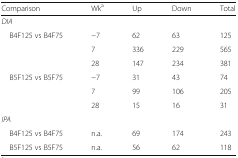
<table><thead><tr><td><b>Comparison</b></td><td><b>Wk<sup>a</sup></b></td><td><b>Up</b></td><td><b>Down</b></td><td><b>Total</b></td></tr></thead><tbody><tr><td colspan="5"><i>DIA</i></td></tr><tr><td rowspan="3"> B4F125 vs B4F75</td><td>−7</td><td>62</td><td>63</td><td>125</td></tr><tr><td>7</td><td>336</td><td>229</td><td>565</td></tr><tr><td>28</td><td>147</td><td>234</td><td>381</td></tr><tr><td rowspan="3"> B5F125 vs B5F75</td><td>−7</td><td>31</td><td>43</td><td>74</td></tr><tr><td>7</td><td>99</td><td>106</td><td>205</td></tr><tr><td>28</td><td>15</td><td>16</td><td>31</td></tr><tr><td colspan="5"><i>IPA</i></td></tr><tr><td> B4F125 vs B4F75</td><td>n.a.</td><td>69</td><td>174</td><td>243</td></tr><tr><td> B5F125 vs B5F75</td><td>n.a.</td><td>56</td><td>62</td><td>118</td></tr></tbody></table>